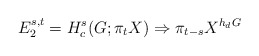
\begin{align*}E_2^{s,t}=H_c^s(G; \pi_tX) \Rightarrow \pi_{t-s}X^{h_dG}\end{align*}